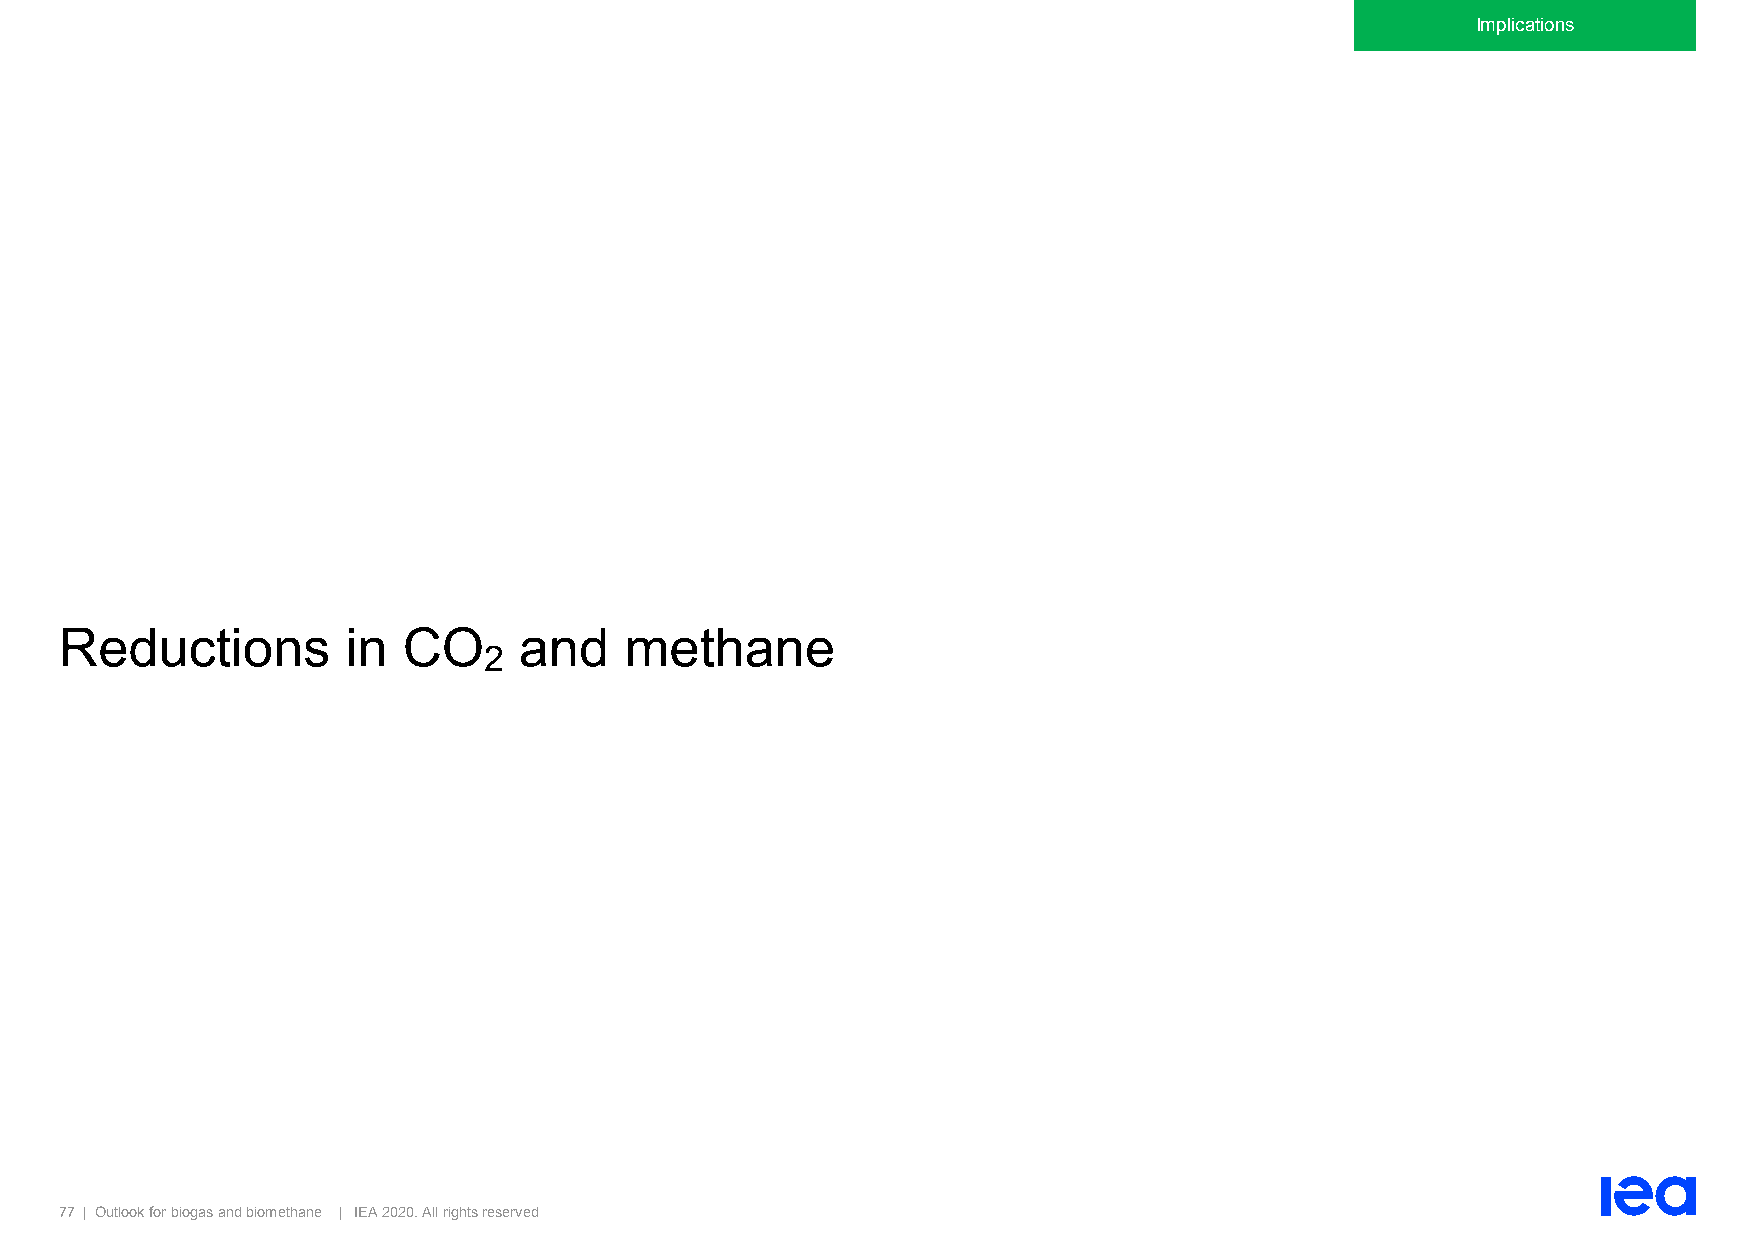
Implications
 Reductions         in  CO     and    methane
 2
 77 | Outlook for biogas and biomethane | IEA 2020. All rights reserved